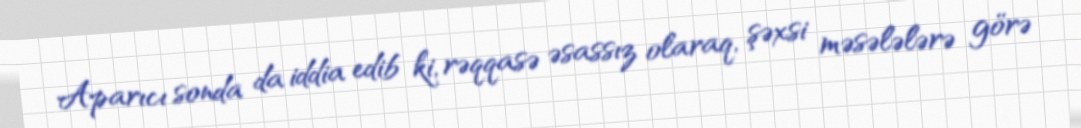
Aparıcı sonda da iddia edib ki, rəqqasə əsassız olaraq, şəxsi məsələlərə görə